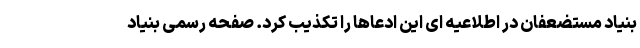
بنیاد مستضعفان در اطلاعیه ای این ادعاها را تکذیب کرد. صفحه رسمی بنیاد